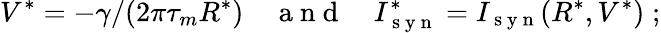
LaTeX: V^{*}=-\gamma/(2\pi\tau_{m}R^{*})\quad\mathrm{~a~n~d~}\quad I_{\mathrm{~s~y~n~}}^{*}=I_{\mathrm{~s~y~n~}}(R^{*},V^{*})\; ;